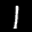
Label: 1